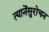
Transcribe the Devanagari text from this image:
त्यानेंसुरोचन